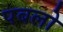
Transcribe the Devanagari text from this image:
पबलो